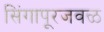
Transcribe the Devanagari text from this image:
सिंगापूरजवळ